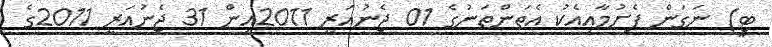
ޓީ) ނަގަން ފެށުމާއިއެކު އެތަންތަނުގެ 01 ޖެނުއަރީ 2011އިން 31 ޖެނުއަރީ 2011ގެ